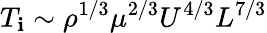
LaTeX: T_{\mathbf{i}}\sim\rho^{1/3}\mu^{2/3}U^{4/3}L^{7/3}